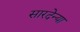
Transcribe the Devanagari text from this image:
सारदेन्या